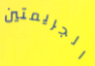
الجريمتين